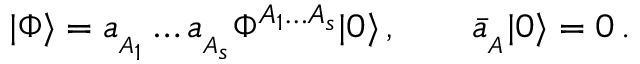
| \Phi \rangle = a _ { _ { A _ { 1 } } } \ldots a _ { _ { A _ { s } } } \Phi ^ { { \scriptstyle A _ { 1 } \ldots A _ { s } } } | 0 \rangle \, , \qquad \bar { a } _ { _ A } | 0 \rangle = 0 \, .